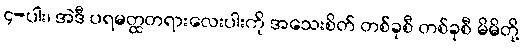
၄-ပါး၊ အဲဒီ ပရမတ္ထတရားလေးပါးကို အသေးစိတ် တစ်ခုစီ တစ်ခုစီ မိမိတို့